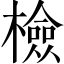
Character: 檢